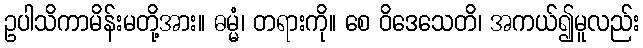
ဥပါသိကာမိန်းမတို့အား။ ဓမ္မံ၊ တရားကို။ စေ ဝိဒေသေတိ၊ အကယ်၍မူလည်း